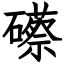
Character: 礤